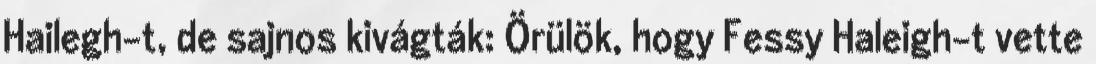
Hailegh-t, de sajnos kivágták: Örülök, hogy Fessy Haleigh-t vette